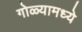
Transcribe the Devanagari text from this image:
गोळ्यामध्ये